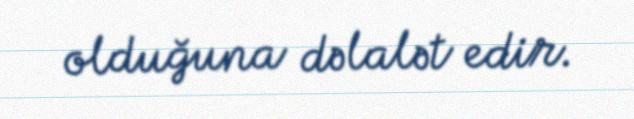
olduğuna dəlalət edir.